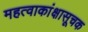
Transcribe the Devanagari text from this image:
महत्वाकांक्षासूचक